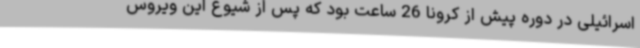
اسرائیلی در دوره پیش از کرونا 26 ساعت بود که پس از شیوع این ویروس